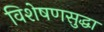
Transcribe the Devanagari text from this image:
विशेषणसुद्धा